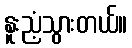
နူးညံ့သွားတယ်။